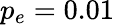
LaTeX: p_{e}=0.01